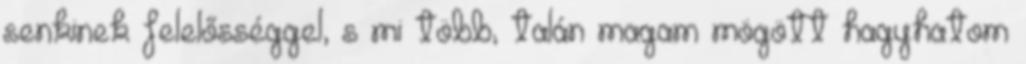
senkinek felelősséggel, s mi több, talán magam mögött hagyhatom